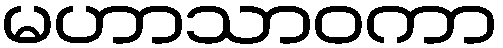
မဟာသာဝကာ